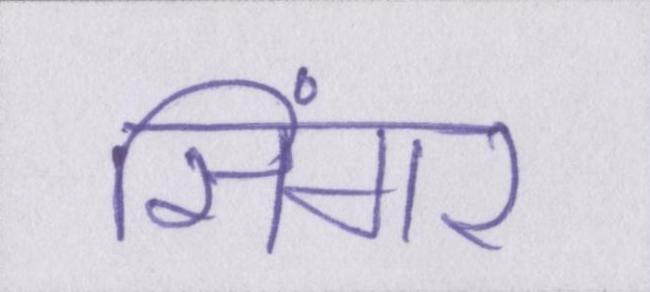
सिंगर